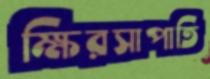
ক্ষিরসাপাতি